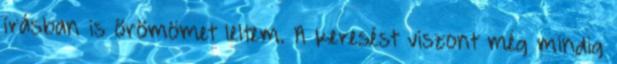
írásban is örömömet leltem. A keresést viszont még mindig